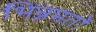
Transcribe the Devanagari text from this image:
भिन्नमतों